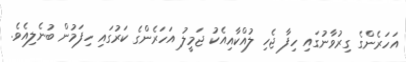
އަހަރެންގެ ގިރުވާނުގައި ހިފާ ޖެހި ލުއްކާއިއެކު ޖަމީލު އަހަރެންގެ ކަރުގައި ހިފަމުން ބުނެލިއެވެ.